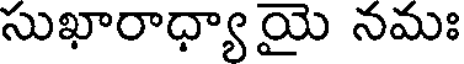
సుఖారాధ్యాయై నమః